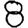
Digit: 8